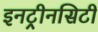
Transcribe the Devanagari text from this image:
इनट्रीनसिटी